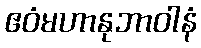
ဧဝံမဟာနုဘာဝါနံ